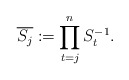
\begin{align*}\overline{S_{j}}:=\prod_{t=j}^{n}S_t^{-1}. \end{align*}